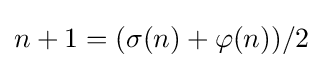
n+1=(\sigma (n)+\varphi (n))/2